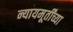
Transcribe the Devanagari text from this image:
न्यायमूर्तींच्या